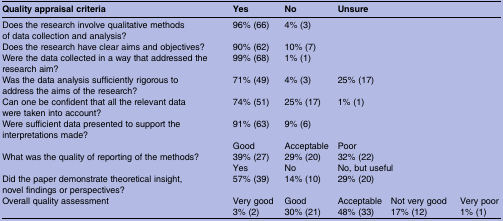
| Quality appraisal criteria | Yes | No | <COLSPAN=3> Unsure |
 | --- | --- | --- | --- | --- | --- |
 | Does the research involve qualitative methods of data collection and analysis? | 96% (66) | 4% (3) | <COLSPAN=3>  |
 | Does the research have clear aims and objectives? | 90% (62) | 10% (7) | <COLSPAN=3>  |
 | Were the data collected in a way that addressed the research aim? | 99% (68) | 1% (1) | <COLSPAN=3>  |
 | Was the data analysis sufficiently rigorous to address the aims of the research? | 71% (49) | 4% (3) | <COLSPAN=3> 25% (17) |
 | Can one be confident that all the relevant data were taken into account? | 74% (51) | 25% (17) | <COLSPAN=3> 1% (1) |
 | Were sufficient data presented to support the interpretations made? | 91% (63) | 9% (6) | <COLSPAN=3>  |
 |  | Good | Acceptable | <COLSPAN=3> Poor |
 | What was the quality of reporting of the methods? | 39% (27) | 29% (20) | <COLSPAN=3> 32% (22) |
 |  | Yes | No | <COLSPAN=3> No, but useful |
 | Did the paper demonstrate theoretical insight, novel findings or perspectives? | 57% (39) | 14% (10) | <COLSPAN=3> 29% (20) |
 | Overall quality assessment | Very good | Good | Acceptable | Not very good | Very poor |
 |  | 3% (2) | 30% (21) | 48% (33) | 17% (12) | 1% (1) |